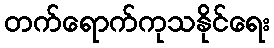
တက်ရောက်ကုသနိုင်ရေး